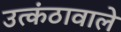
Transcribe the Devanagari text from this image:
उत्कंठावाले